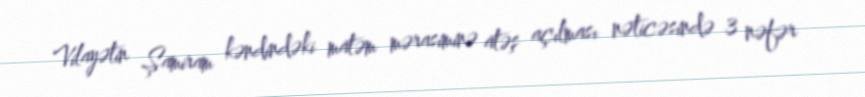
Vilayətin Şamiram kəndindəki matəm mərasiminə atəş açılması nəticəsində 3 nəfər